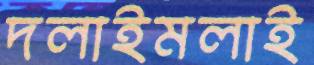
দলাইমলাই